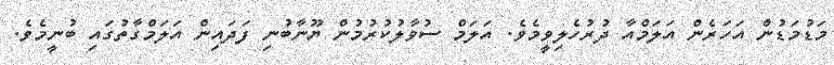
މަޑުމަޑުން އަހަރެން އަލަމްއާ ދުރުހެލިވީމެވެ. އަލަމް ސުވާލުކުރުމުން ޔޫނާބުނި ފަދައިން އަލަމްގާތުގައި ބުނީމެވެ.